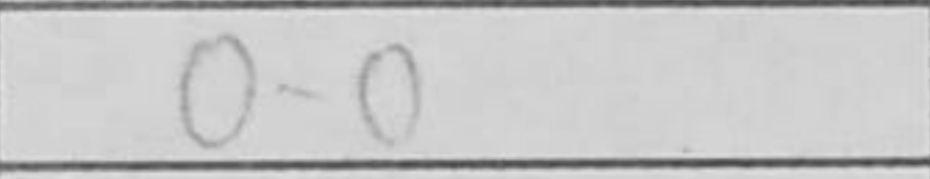
Transcription: O-O